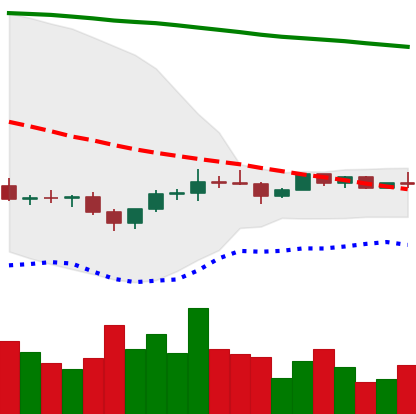
Ticker: EOS-USD
Chart end date: 2022-12-05
Forward return: 10.977%
Label: up_7plus